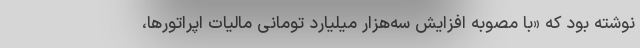
نوشته بود که «با مصوبه افزایش سه‌هزار میلیارد تومانی مالیات اپراتورها،